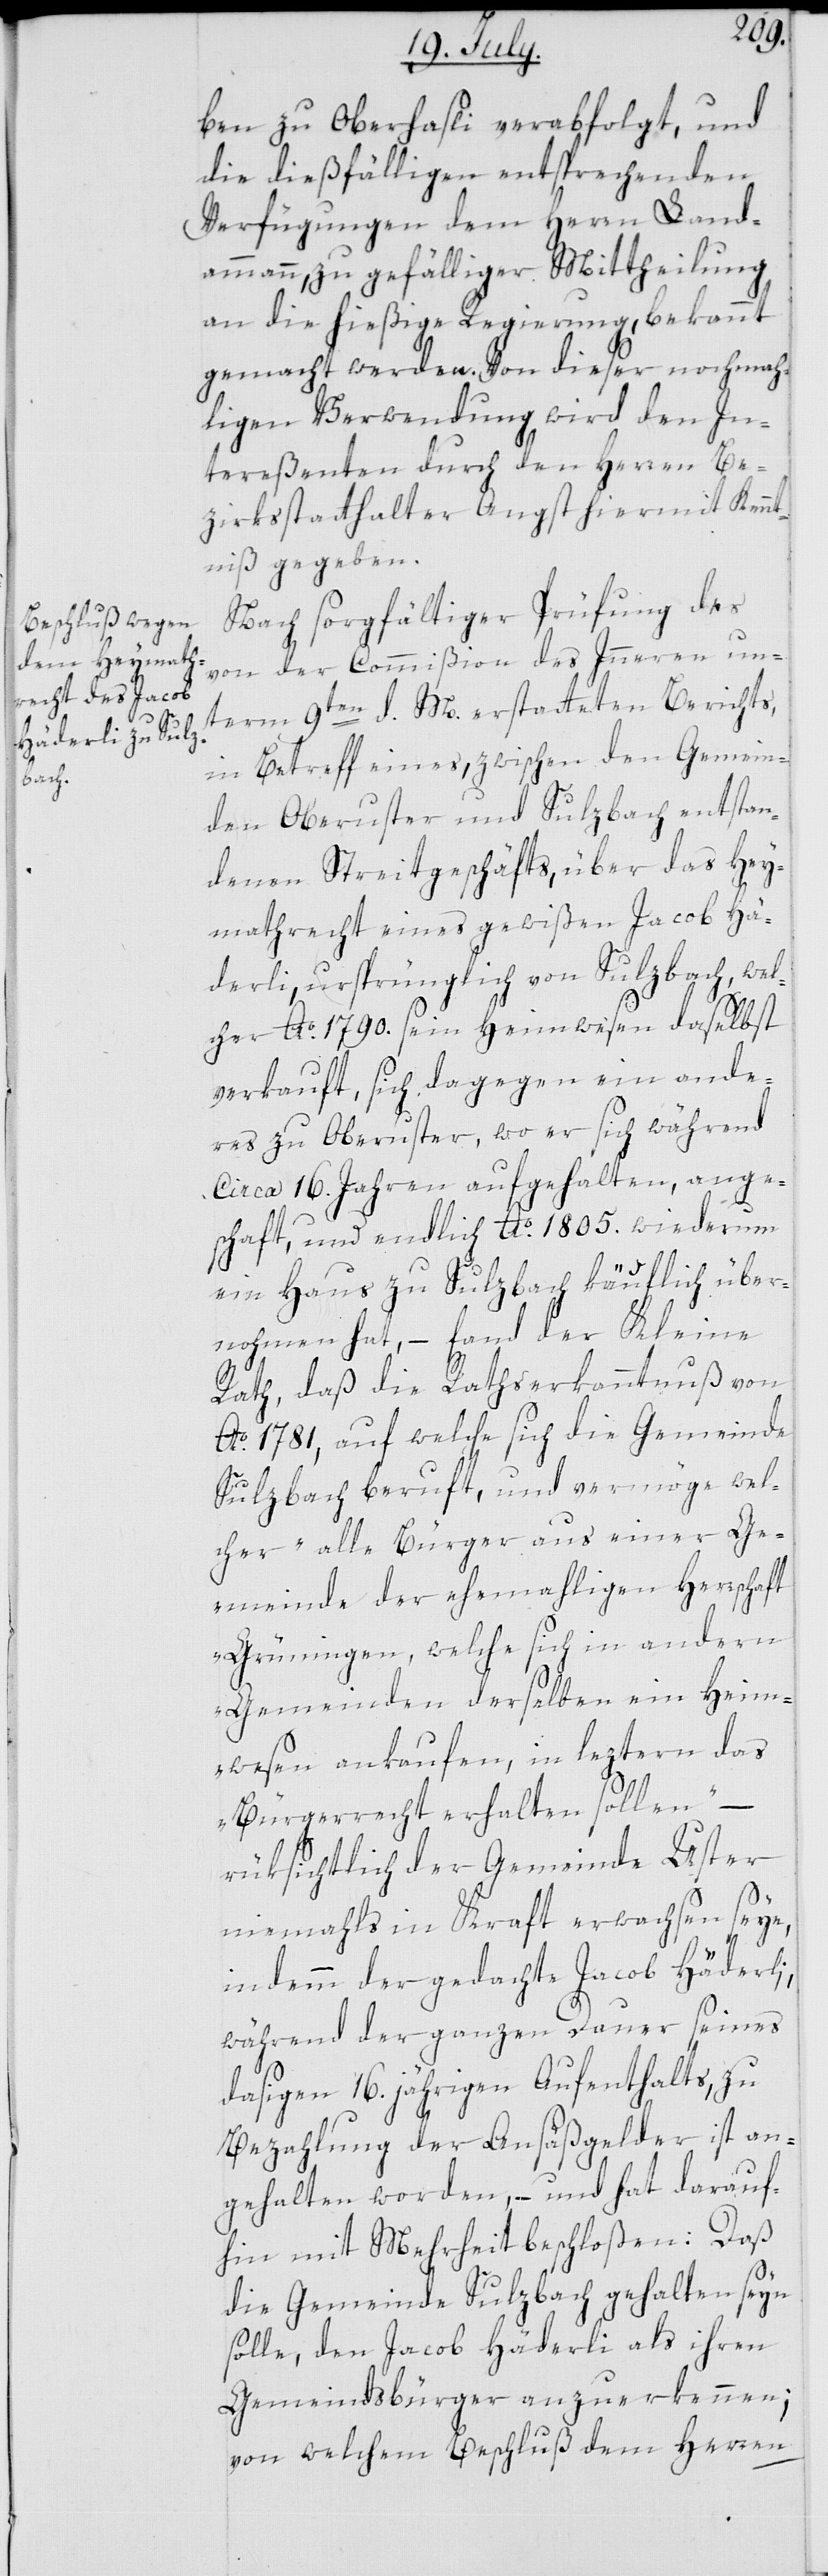
ben zu Oberhasli verabfolgt, und
die dießfälligen entsprechenden
Verfügungen dem Herrn Land¬
ammann zu gefälliger Mittheilung
an die hießige Regierung bekannt
gemacht werden. Von dieser nochmah¬
ligen Verwendung wird den In¬
tereßenten durch den Herren Be¬
zirksstatthalter Angst hiermit Kennt¬
niß gegeben.
Nach sorgfältiger Prüfung des
von der Commißion des Innern un¬
term 9ten d. M erstatteten Berichts,
in Betreff eines, zwischen den Gemein¬
den Oberuster und Sulzbach entstan¬
denen Streitgeschäfts, über das Hey¬
mathrecht eines gewißen Jacob Hä¬
derli, ursprünglich von Sulzbach, wel¬
cher Ao. 1790. sein Heimwesen daselbst
verkauft, sich dagegen ein ande¬
res zu Oberuster, wo er sich während
circa 16. Jahren aufgehalten, ange¬
schaft, und endlich Ao. 1805. wiederum
ein Haus zu Sulzbach käuflich über¬
nohmen hat, – fand der Kleine
Rath, daß die Rathserkanntnuß von
Ao. 1781, auf welche sich die Gemeinde
Sulzbach beruft, und vermöge wel¬
cher „alle Bürger aus einer Ge¬
meinde der ehemaligen Herrschaft
Grüningen, welche sich in andern
Gemeinden derselben ein Heim¬
wesen ankaufen, in leztern das
Bürgerrecht erhalten sollen“
rüksichtlich der Gemeinde Uster
niemahls in Kraft erwachsen seye,
indemm der gedachte Jacob Häderli,
während der ganzen Dauer seines
dasigen 16. jährigen Aufenthalts, zu
Bezahlung der Ansäßgelder ist an¬
gehalten worden, – und hat darauf¬
hin mit Mehrheit beschloßen: Daß
die Gemeinde Sulzbach gehalten seyn
solle, den Jacob Häderli als ihren
Gemeindsbürger anzuerkennen;
von welchem Beschluß dem Herren